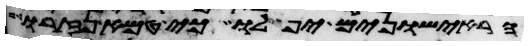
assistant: הראישונים יפלו כי טמא נזרו